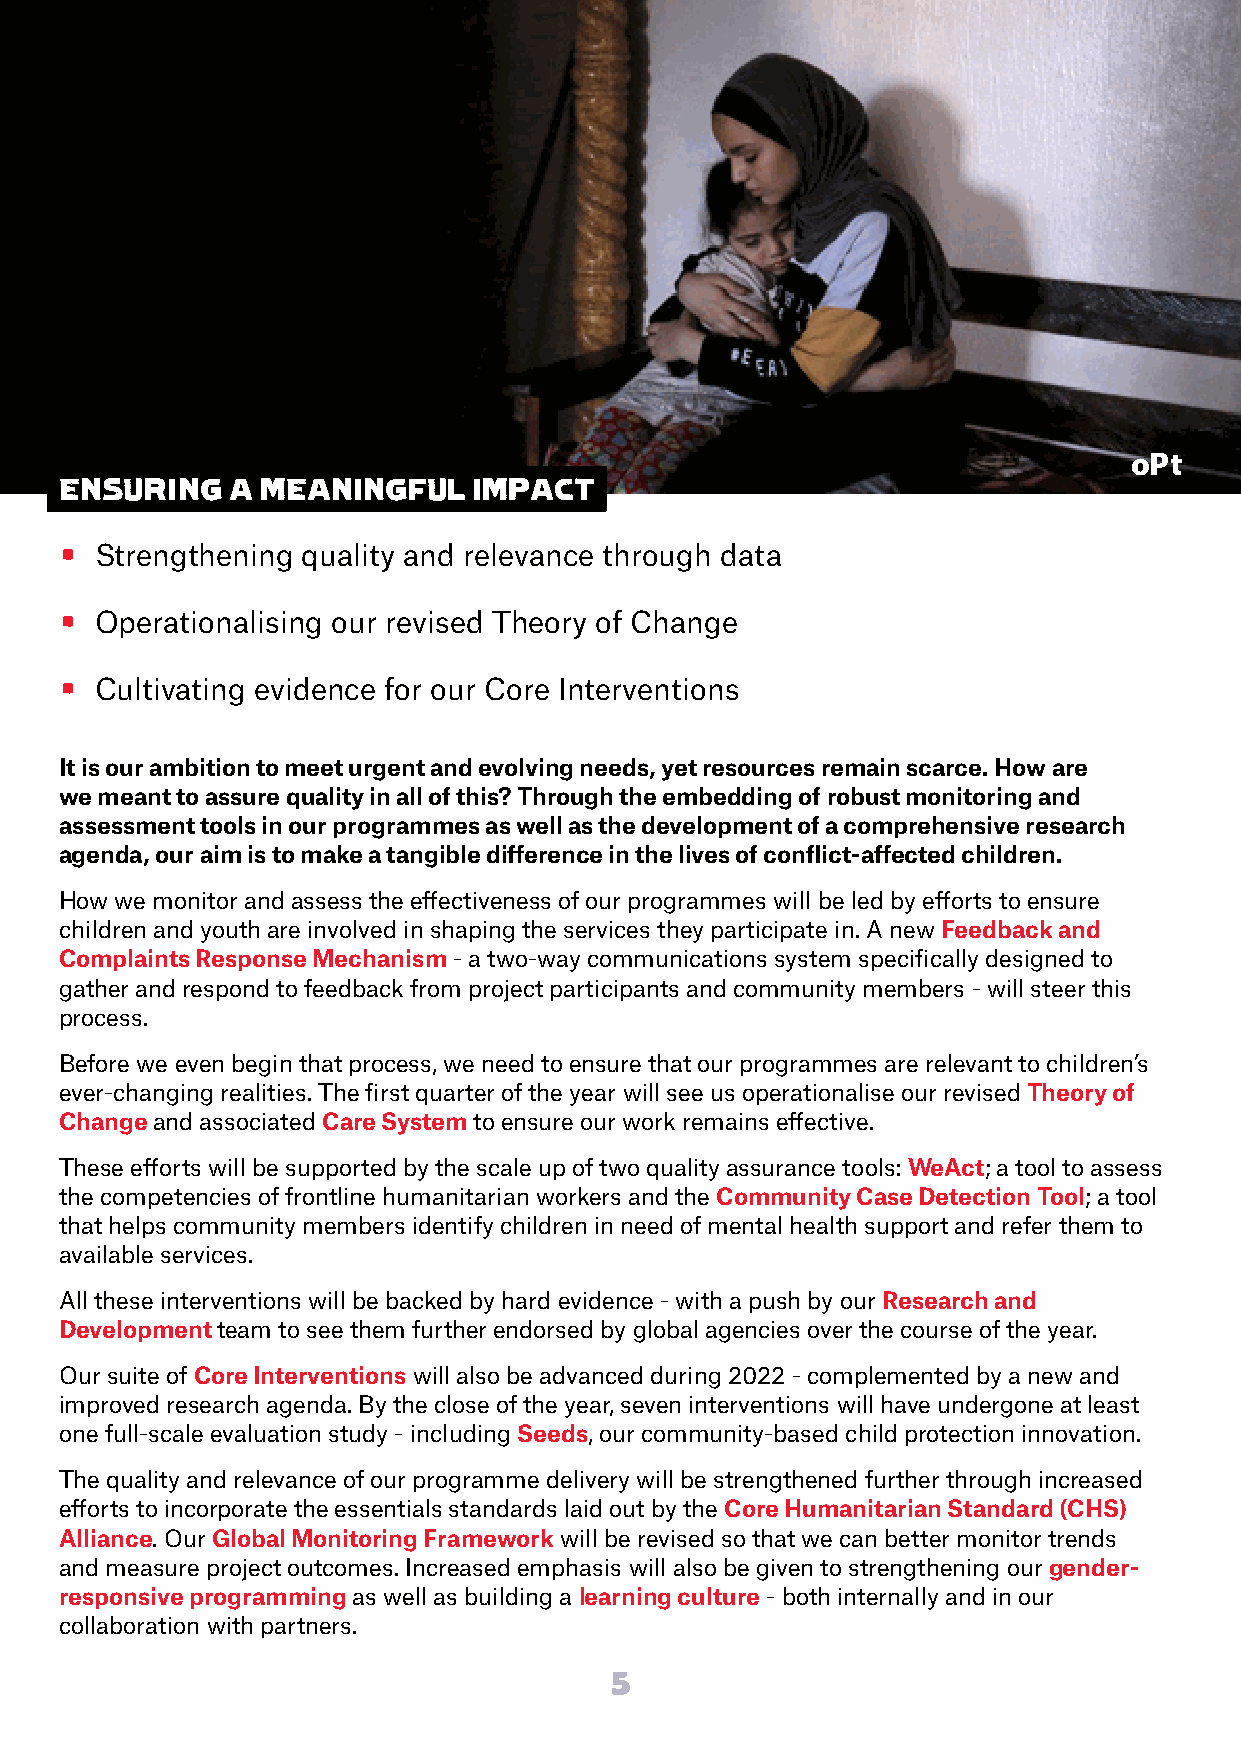
oPt
 ENSURING   A MEANINGFUL    IMPACT
 • Strengthening quality and relevance through data
 • Operationalising our revised Theory of Change
 • Cultivating evidence for our Core Interventions
 It is our ambition to meet urgent and evolving needs, yet resources remain scarce. How are
 we meant to assure quality in all of this? Through the embedding of robust monitoring and
 assessment tools in our programmes as well as the development of a comprehensive research
 agenda, our aim is to make a tangible difference in the lives of conflict-affected children.
 How we monitor and assess the effectiveness of our programmes will be led by efforts to ensure
 children and youth are involved in shaping the services they participate in. A new Feedback and
 Complaints Response Mechanism - a two-way communications system specifically designed to
 gather and respond to feedback from project participants and community members - will steer this
 process.
 Before we even begin that process, we need to ensure that our programmes are relevant to children’s
 ever-changing realities. The first quarter of the year will see us operationalise our revised Theory of
 Change and associated Care System to ensure our work remains effective.
 These efforts will be supported by the scale up of two quality assurance tools: WeAct; a tool to assess
 the competencies of frontline humanitarian workers and the Community Case Detection Tool; a tool
 that helps community members identify children in need of mental health support and refer them to
 available services.
 All these interventions will be backed by hard evidence - with a push by our Research and
 Development team to see them further endorsed by global agencies over the course of the year.
 Our suite of Core Interventions will also be advanced during 2022 - complemented by a new and
 improved research agenda. By the close of the year, seven interventions will have undergone at least
 one full-scale evaluation study - including Seeds, our community-based child protection innovation.
 The quality and relevance of our programme delivery will be strengthened further through increased
 efforts to incorporate the essentials standards laid out by the Core Humanitarian Standard (CHS)
 Alliance. Our Global Monitoring Framework will be revised so that we can better monitor trends
 and measure project outcomes. Increased emphasis will also be given to strengthening our gender-
 responsive programming as well as building a learning culture - both internally and in our
 collaboration with partners.
 5